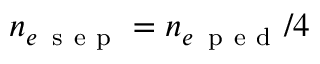
n _ { e \, \mathrm { ~ s ~ e ~ p ~ } } = n _ { e \, \mathrm { ~ p ~ e ~ d ~ } } / 4